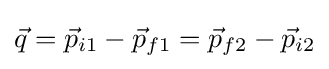
{\vec {q}}={\vec {p}}_{i1}-{\vec {p}}_{f1}={\vec {p}}_{f2}-{\vec {p}}_{i2}